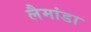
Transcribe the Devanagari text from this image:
लैमांडा